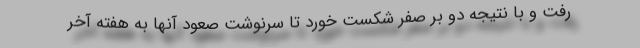
رفت و با نتیجه دو بر صفر شکست خورد تا سرنوشت صعود آنها به هفته آخر